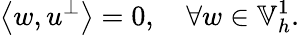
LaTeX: \left\langle w,u^{\perp}\right\rangle=0,\quad\forall w\in\mathbb{V}_{h}^{1}.